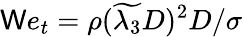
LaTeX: \mathsf{W}e_{t}=\rho(\widetilde{{\lambda_{3}}}D)^{2}D/\sigma